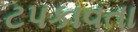
ટપકાવતા